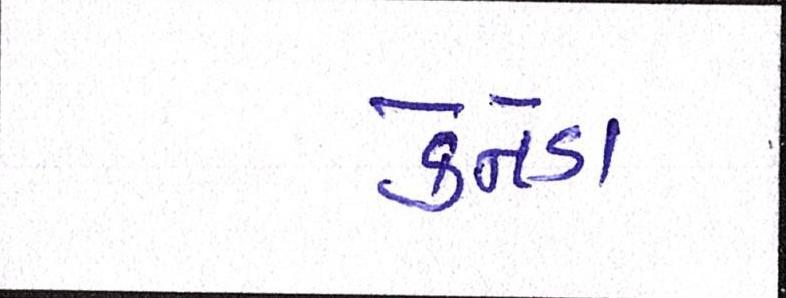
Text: કેનેડા